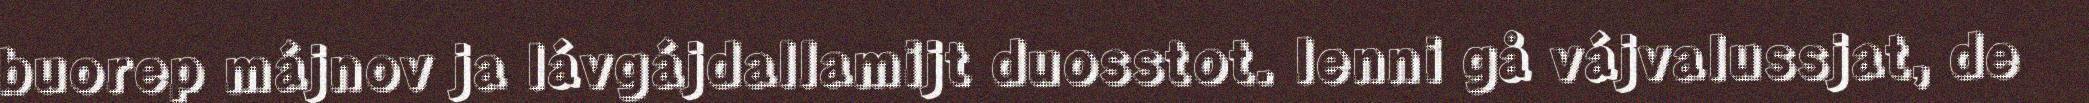
buorep májnov ja lávgájdallamijt duosstot. Ienni gå vájvalussjat, de